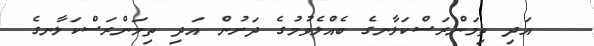
އަދި ތިމަންރަސްކަލާނގެ ބެއްލެވުމުގެ ދަށުން އަދި ތިމަންރަސްކަލާނގެ